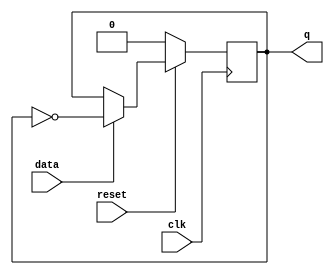
module tff_sync_reset (data  , clk   , reset , q );
  input data, clk, reset ;
  output q;
  reg q;
  always @ ( posedge clk)
    if (!reset)
      begin
        q <= 1'b0;
      end 
  else if (data)
    begin
      q <= !q;
      end
endmodule